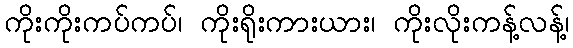
ကိုးကိုးကပ်ကပ်၊ ကိုးရိုးကားယား၊ ကိုးလိုးကန့်လန့်၊